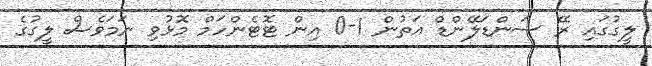
ލީގުގައި ރޭ ސަންޑަލޭންޑް އަތުން 1-0 އިން ޓޮޓެންހަމް މޮޅުވި ނަމަވެސް ލީގުގެ